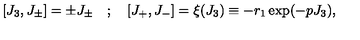
\lbrack J _ { 3 } , J _ { \pm } \rbrack = \pm J _ { \pm } \quad ; \quad \lbrack J _ { + } , J _ { - } \rbrack = \xi ( J _ { 3 } ) \equiv - r _ { 1 } \exp ( - p J _ { 3 } ) ,